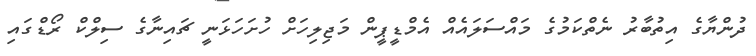
ދުންޔާގެ އިތުބާރު ނެތްކަމުގެ މައްސަލައެއް އެމްޑީޕީން މަޖިލިހަށް ހުށަހަޅަނީ ޗައިނާގެ ސިލްކް ރޯޑްގައި